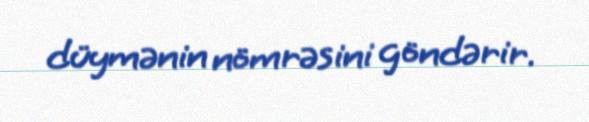
düymənin nömrəsini göndərir.